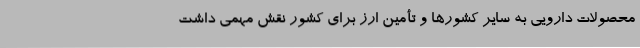
محصولات دارویی به سایر کشورها و تأمین ارز برای کشور نقش مهمی داشت